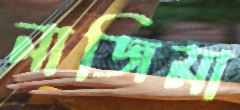
নাজিমা